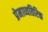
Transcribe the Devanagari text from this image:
प्रेमाव्यतिरिक्त